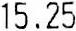
15.25